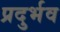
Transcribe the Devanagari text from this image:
प्रदुर्भव